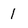
Character: 1